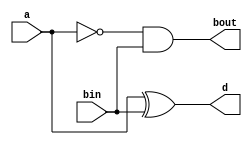
`timescale 1ns / 1ps


module hs_1(a,bin,d,bout);
input a,bin;
output d,bout;
assign d=a^bin;
assign bout=(~a)&bin;
endmodule